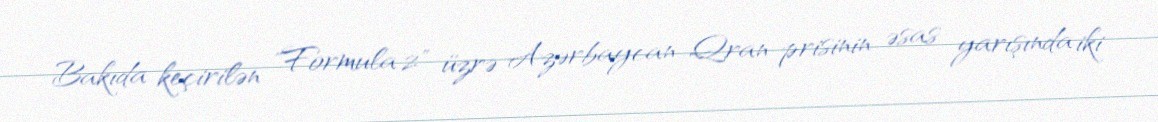
Bakıda keçirilən "Formula 2" üzrə Azərbaycan Qran-prisinin əsas yarışında iki